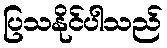
ပြသနိုင်ပါသည်